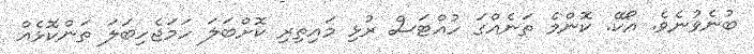
ބުނެވުނެވެ. އޯކޭ. ކޮންމެ ތަނެއްގަ ހުއްޓަސް ރުޅި މައިތިރި ކޮށްބަލަ ހަމަޖެހިބަލަ ތަންކޮޅެއް